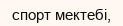
спорт мектебі,